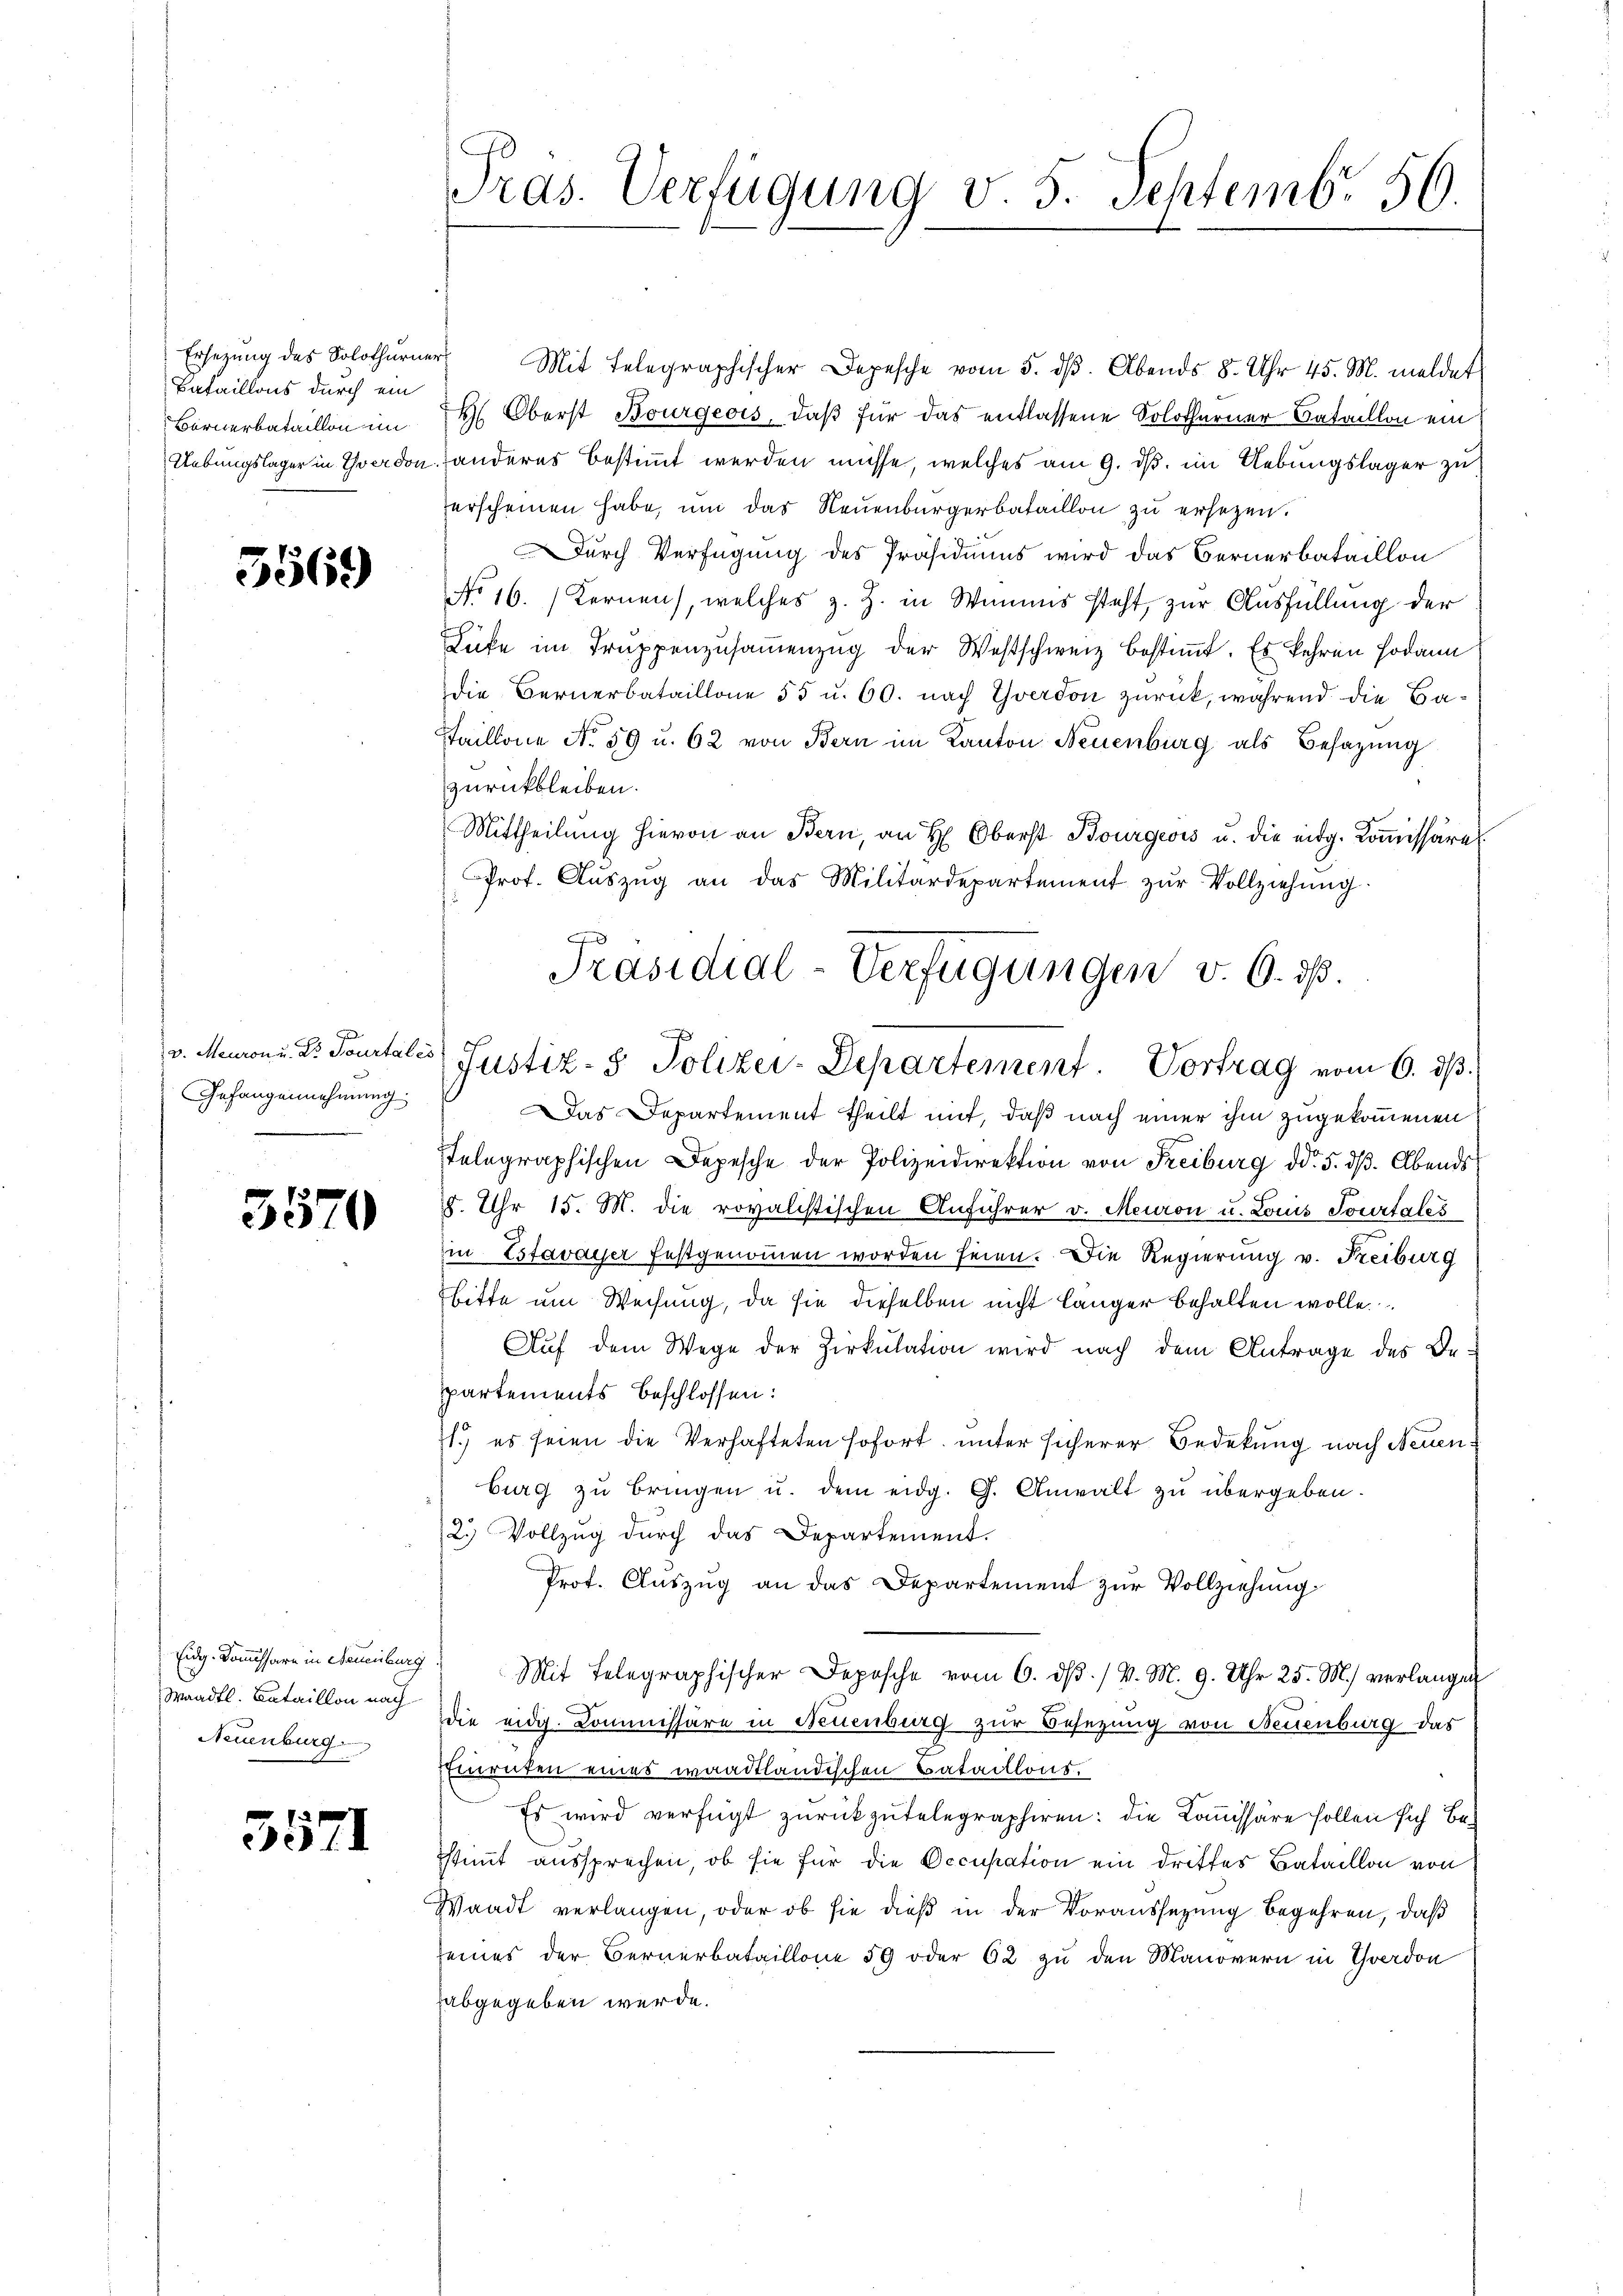
Ersezung des Solothurner
Bataillons durch ein

5569

v. Meuron u. Dr. Tourtales
Gefangennehmung

5570

Waadt. Bataillon nach
Neuenburg.

5571

Mit Telegraphischer Depesche vom 5. dβ. Abends 8. Uhr 45. M. meldet
Bernerbataillon im 14. Oberst Bourgeois, daβ für das entlassene Solothurner Bataillon ein
Uebungslager in Yverdon, Handeres bestimmt werden müsse, welches am 9. ds. im Uebungslager zu
erscheinen habe, um das Neuenburgerbataillon zu ersezen.
Durch Verfügung des Präsidiums wird das Bernerbataillon
No 16. Kernen, welches z. Z. in Winns steht, zur Ausfüllung der
Lüfe im Truppenzusammenzug der Westschweiz bestimmt. Es kehren sodann
Die Bernerbataillone 55 u. 60. nach Yverdon zurück, während die Ba¬
Staillone No. 59 u. 62 von Bern im Kanton Neuenburg als Besazung
zurückbleiben.
Mittheilŭng hievon an Bern, an H. Oberst Bourgeois u. die eidg. Koṁissäre
Prof. Aŭszŭg an das Militärdepartement zŭr Vollziehŭng
Das Departement theilt mit, daß nach einer ihm zugekommenen
telegraphischen Depesche der Polizeidirektion von Freiburg dd. 5. dβ. Abends
8. Uhr 15. M. die rovalistischen Anführer v. Meuron u. Louis Sourtales
in Estavayer festgenommen worden seien. Die Regierung v. Freiburg
bitte um Weisung, da sie dieselben nicht länger behalten wolle.
Aŭf dem Wege der Zirkŭlation wird nach dem Antrage des Be-
partements beschlossen:
1.) es seien die Verhafteten sofort, unter sicherer Bedekung nach Neuenburg zu bringen u. dem eidg. G. Anwalt zu übergeben.
2.) Vollzug durch das Departement.
Prot. Auszug an das Departement zur Vollziehung
Eidg. Kommissare in Freiburg Mit Telegraphischer Depesche vom 6. dβ. / v. M. 9. Uhr 25. M.) verlange
die eidg. Commissäre in Neuenburg zur Besezung von Neuenburg das
Eiruten eines waadtländischen Bataillons.
Es wird verfügt zŭrückzŭtelegraphiren: die Kommissäre sollen sich bestimmt aussprechen, ob sie für die Occupation ein drittes Bataillon von
Waadt verlangen, oder ob sie dieß in der Voraussetzung begehren, daß
seines der Bernerbataillone 59 oder 62 zu den Manovern in Yverdon
abgegeben werde.

Tras. Verfügung v. 5. Septemb. 56.

0
Präsidial-Verfügungen v. 6. dß.
Justiz- & Polizei-Departement. Vortrag vom 6. ds.